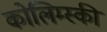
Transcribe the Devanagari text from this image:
कोलिम्स्की